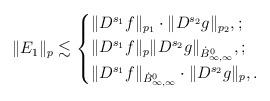
LaTeX: \begin{align*} \| E_1 \|_p \lesssim\begin{cases}\| D^{s_1} f\|_{p_1} \cdot \| D^{s_2} g\|_{p_2}, ;\\\| D^{s_1} f\|_p \| D^{s_2} g \|_{\dot B^0_{\infty,\infty}}, ;\\\|D^{s_1} f \|_{\dot B^0_{\infty,\infty}} \cdot \|D^{s_2} g \|_p, .\end{cases}\end{align*}